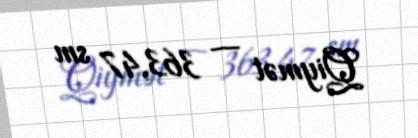
Qiymət — 363,47 sm